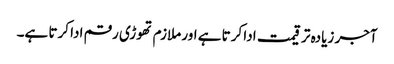
آجر زیادہ تر قیمت ادا کرتا ہے اور ملازم تھوڑی رقم ادا کرتا ہے۔